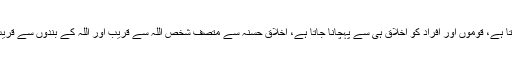
ان کا مزید کہنا تھا کہ اس دنیا میں حسن خلق بڑی اہمیت رکہتا ہے، قوموں اور افراد کو اخلاق ہی سے پہچانا جاتا ہے، اخلاق حسنہ سے متصف شخص اللہ سے قریب اور اللہ کے بندوں سے قریب ہے، جبکہ بدخلق اللہ سے اور اللہ کے بندوں سے دور ہے۔